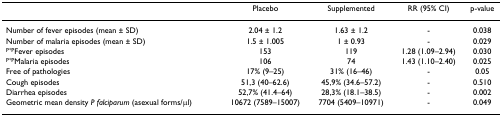
<table><thead><tr><td></td><td><b>Placebo</b></td><td><b>Supplemented</b></td><td><b>RR (95% CI)</b></td><td><b>p-value</b></td></tr></thead><tbody><tr><td>Number of fever episodes (mean ± SD)</td><td>2.04 ± 1.2</td><td>1.63 ± 1.2</td><td>-</td><td>0.038</td></tr><tr><td>Number of malaria episodes (mean ± SD)</td><td>1.5 ± 1.005</td><td>1 ± 0.93</td><td>-</td><td>0.029</td></tr><tr><td><sup>P*P</sup>Fever episodes</td><td>153</td><td>119</td><td>1.28 (1.09–2.94)</td><td>0.030</td></tr><tr><td><sup>P*P</sup>Malaria episodes</td><td>106</td><td>74</td><td>1.43 (1.10–2.40)</td><td>0.025</td></tr><tr><td>Free of pathologies</td><td>17% (9–25)</td><td>31% (16–46)</td><td>-</td><td>0.05</td></tr><tr><td>Cough episodes</td><td>51,3 (40–62.6)</td><td>45,9% (34.6–57.2)</td><td>-</td><td>0.510</td></tr><tr><td>Diarrhea episodes</td><td>52,7% (41.4–64)</td><td>28,3% (18.1–38.5)</td><td>-</td><td>0.002</td></tr><tr><td>Geometric mean density <i>P falciparum </i>(asexual forms/μl)</td><td>10672 (7589–15007)</td><td>7704 (5409–10971)</td><td>-</td><td>0.049</td></tr></tbody></table>